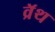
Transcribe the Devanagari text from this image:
व्रॅथ